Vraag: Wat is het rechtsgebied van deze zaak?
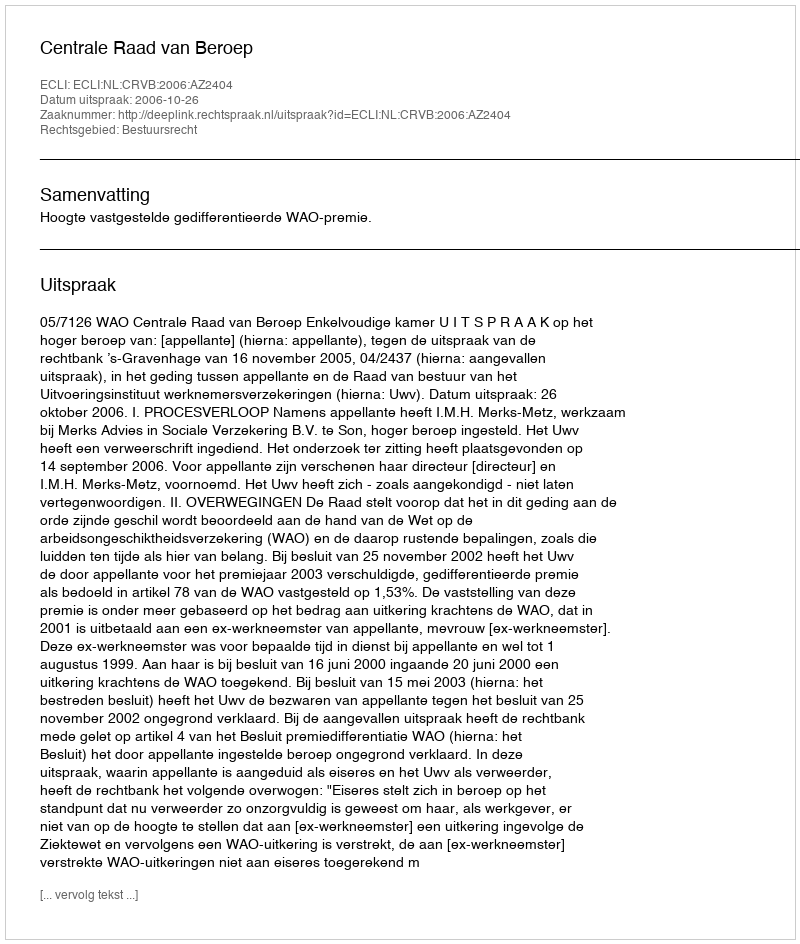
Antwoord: Bestuursrecht